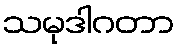
သမုဒါဂတာ